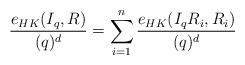
LaTeX: \begin{align*} \dfrac{e_{HK}(I_{q},R)}{(q)^{d}}=\sum_{i=1}^{n}\dfrac{e_{HK}(I_{q}R_{i},R_{i})}{(q)^{d}}\end{align*}